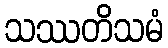
သဿတိသမံ